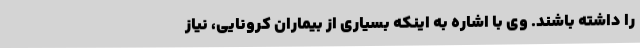
را داشته باشند. وی با اشاره به اینکه بسیاری از بیماران کرونایی، نیاز